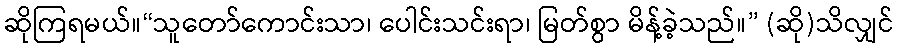
ဆိုကြရမယ်။“သူတော်ကောင်းသာ၊ ပေါင်းသင်းရာ၊ မြတ်စွာ မိန့်ခဲ့သည်။” (ဆို)သိလျှင်